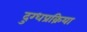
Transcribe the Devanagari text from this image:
दुग्धप्रक्रिया